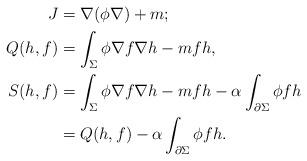
LaTeX: \begin{align*}J &=\nabla (\phi \nabla)+m;\\Q(h,f) &=\int_\Sigma \phi \nabla f\nabla h-m fh,\\S(h,f) &=\int_\Sigma \phi \nabla f\nabla h-mfh-\alpha \int_{\partial \Sigma}\phi fh \\&=Q(h,f)-\alpha\int_{\partial \Sigma}\phi fh.\end{align*}